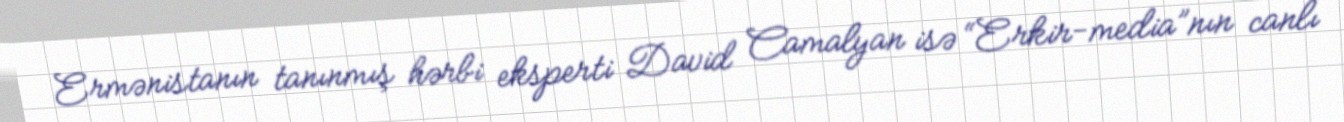
Ermənistanın tanınmış hərbi eksperti David Camalyan isə “Erkir-media”nın canlı